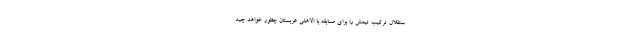
ستقلال ترکیب تیمش را برای مسابقه با الاهلی عربستان چطور خواهد چید